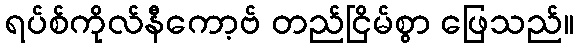
ရပ်စ်ကိုလ်နီကော့ဗ် တည်ငြိမ်စွာ ဖြေသည်။